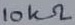
Text: 10kΩ